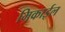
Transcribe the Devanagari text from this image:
मिकाईल